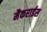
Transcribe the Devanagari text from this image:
मैकराईस